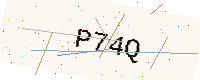
Text: P74Q